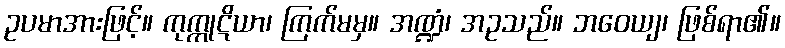
ဥပမာအားဖြင့်။ ကုက္ကုဋိယာ၊ ကြက်မမှ။ အဏ္ဍံ၊ အဥသည်။ ဘဝေယျ၊ ဖြစ်ရာ၏။